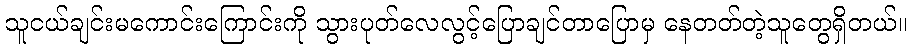
သူငယ်ချင်းမကောင်းကြောင်းကို သွားပုတ်လေလွင့်ပြောချင်တာပြောမှ နေတတ်တဲ့သူတွေရှိတယ်။